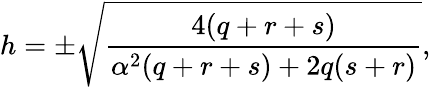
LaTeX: h=\pm\sqrt{\frac{4(q+r+s)}{\alpha^{2}(q+r+s)+2q(s+r)}},